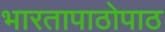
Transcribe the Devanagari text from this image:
भारतापाठोपाठ